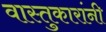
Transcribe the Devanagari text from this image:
वास्तुकारांनी